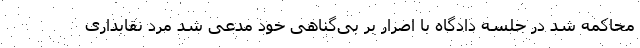
محاکمه شد در جلسه دادگاه با اصرار بر بی‌گناهی خود مدعی شد مرد نقابداری